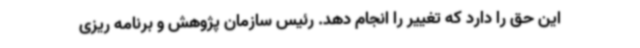
این حق را دارد که تغییر را انجام دهد. رئیس سازمان پژوهش و برنامه ریزی